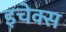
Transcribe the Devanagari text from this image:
इचेक्स